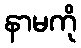
နာမကို